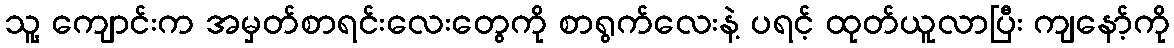
သူ့ ကျောင်းက အမှတ်စာရင်းလေးတွေကို စာရွက်လေးနဲ့ ပရင့် ထုတ်ယူလာပြီး ကျနော့်ကို